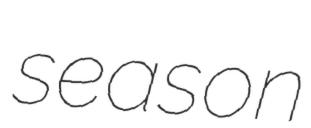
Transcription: season